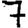
Digit: 7